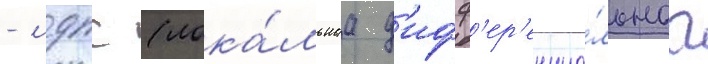
- лдпс (лока́льнаа д'ифф'ер'енциа́льнаа